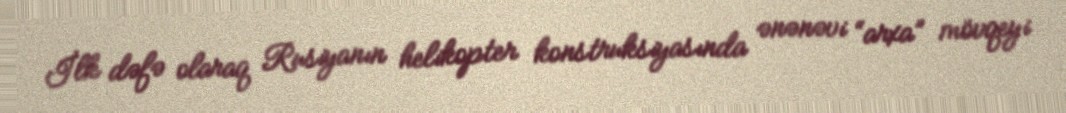
İlk dəfə olaraq Rusiyanın helikopter konstruksiyasında ənənəvi “arxa” mövqeyi